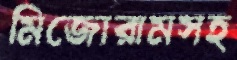
মিজোরামসহ